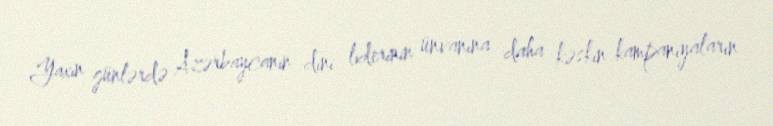
Yaxın günlərdə Azərbaycanın dini liderinin ünvanına daha kəskin kampaniyaların